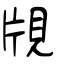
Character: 覑